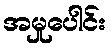
အမှုပေါင်း